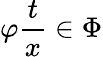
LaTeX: \varphi{\frac{t}{x}}\in\Phi